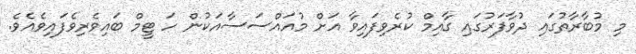
މި މުބާރާތުގައި ދުވާފަރުގައި ގާއިމް ކުރެވިފައިވާ އަށް މުއައްސަސާއަކުން ހަ ޓީމް ބައިވެރިވެފައިވެއެވެ.